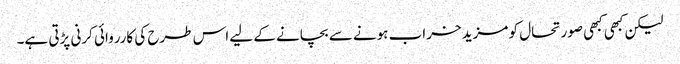
لیکن کبھی کبھی صورتحال کو مزید خراب ہونے سے بچانے کے لیے اس طرح کی کارروائی کرنی پڑتی ہے۔